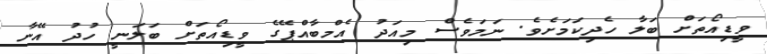
ވީޑިއޯތަށް ބަލާ ހެދިކަމަށެވެ. ނަމަވެސް މިއަދު އެމްބާއްޕޭގެ ވީޑިއޯތަށް ބަލަނީ ހުދު އޭނާ